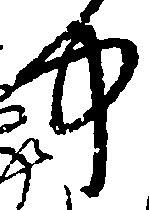
中